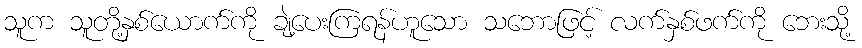
သူက သူတို့နှစ်ယောက်ကို ချဲ့ပေးကြရန်ဟူသော သဘောဖြင့် လက်နှစ်ဖက်ကို ဘေးသို့